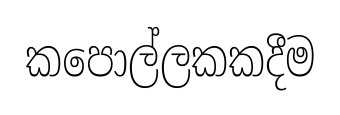
කපොල්ලකකදීම